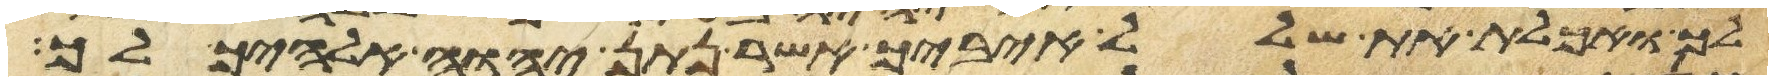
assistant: לך ואכלת את שלל איביך אשר נתן יהוה אלהיך לך